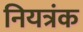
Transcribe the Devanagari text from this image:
नियत्रंक